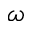
\omega